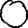
Digit: 0